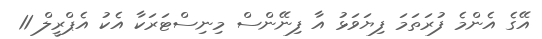
އޭގެ އެންމެ ފުރަތަމަ ފިޔަވަޅު އާ ފިނޭންސް މިނިސްޓަރަކާ އެކު އެޕްރީލް 11